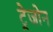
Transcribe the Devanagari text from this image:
ट्रेजोन